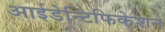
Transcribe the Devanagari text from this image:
आईडेन्टिफिकेशन